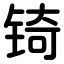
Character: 锜